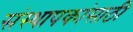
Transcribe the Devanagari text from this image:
संस्थापकांसाठी